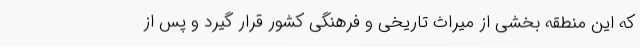
که این منطقه بخشی از میراث تاریخی و فرهنگی کشور قرار گیرد و پس از